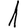
Digit: 1